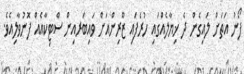
ފޯނު އަތަށް ލައިގެން ދެ ޚިޔާލެއްގައި ހުރެފައި ޒޫރިންއަށް ވައިބަރއިން ސްޓިކާއެއް ފޮނުވާލިއެވެ.